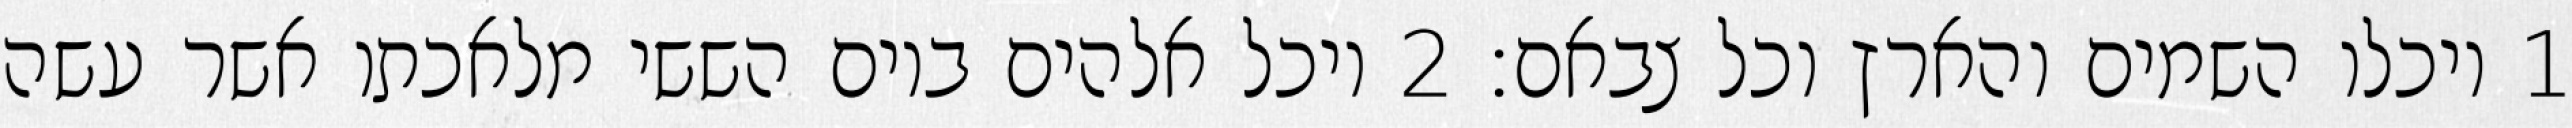
1 ויכלו השמים והארץ וכל צבאם׃ ‎2‏ ויכל אלהים ביום הששי מלאכתו אשר עשה